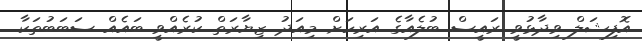
އޮފިޝަލް ވިދާޅުވީ ރައީސް ބުލެއާގެ އަރިހަށް މިއަދު ޒިޔާރަތް ކުރެއްވީ ބައެއް ސަބަބުތަކާ